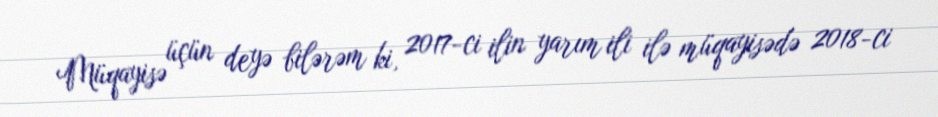
Müqayisə üçün deyə bilərəm ki, 2017-ci ilin yarım ili ilə müqayisədə 2018-ci